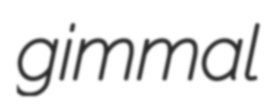
gimmal